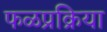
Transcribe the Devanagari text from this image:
फळप्रक्रिया